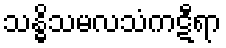
သန္ဓိသမလသံကဋီရာ